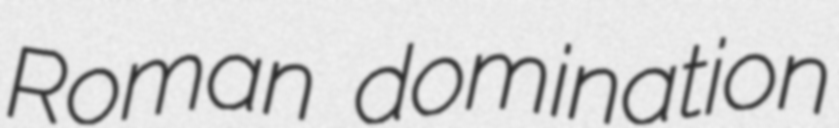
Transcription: Roman domination